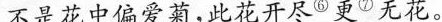
不是花中偏爱菊，此花开尽^{⑥}更^{⑦}无花。